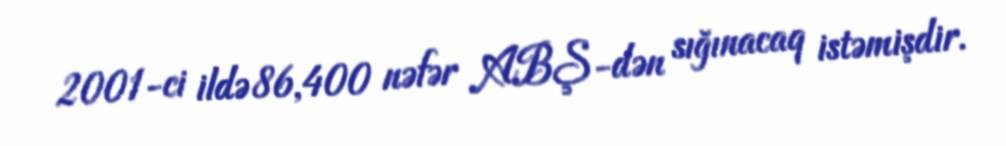
2001-ci ildə 86,400 nəfər ABŞ-dən sığınacaq istəmişdir.